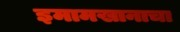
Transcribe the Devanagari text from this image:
इमामखानाचा